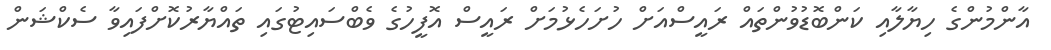
އާންމުންގެ ހިޔާލާއި ކަންބޮޑުވުންތައް ރައީސްއަށް ހުށަހެޅުމަށް ރައީސް އޮފީހުގެ ވެބްސައިޓުގައި ތައްޔާރުކޮށްފައިވާ ސެކްޝަން